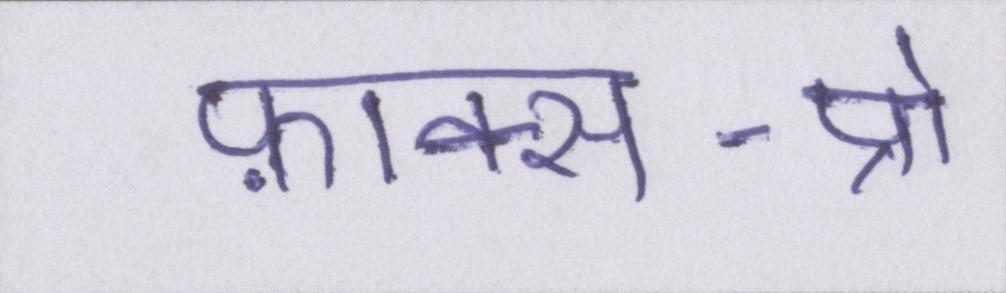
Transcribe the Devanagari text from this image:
फ़ाक्स-प्रो